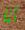
أنا